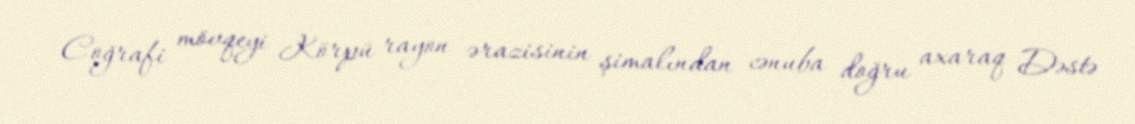
Coğrafi mövqeyi Körpü rayon ərazisinin şimalından cənuba doğru axaraq Dəstə